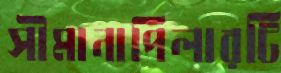
সীমানাপিলারটি